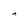
Character: A